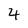
Character: 4